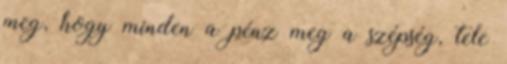
meg, hogy minden a pénz meg a szépség, tele